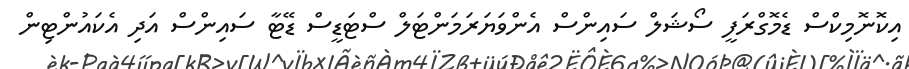
އިކޮނޮމިކްސް ޑެމޮގްރަފީ ސޯޝަލް ސައިންސް އެންވަޔަރަމަންޓަލް ސްޓަޑީސް ޑޭޓާ ސައިންސް އަދި އެކައުންޓިން